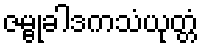
ဇမ္ဗုခါဒကသံယုတ္တံ